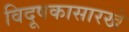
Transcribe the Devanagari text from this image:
विदूषकासारखे